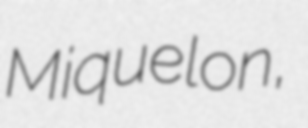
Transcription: Miquelon,